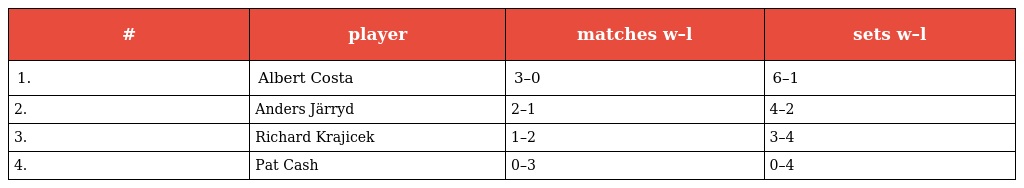
| # | player | matches w–l | sets w–l |
 | --- | --- | --- | --- |
 | 1. | Albert Costa | 3–0 | 6–1 |
 | 2. | Anders Järryd | 2–1 | 4–2 |
 | 3. | Richard Krajicek | 1–2 | 3–4 |
 | 4. | Pat Cash | 0–3 | 0–4 |